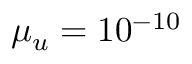
\mu _ { u } = 1 0 ^ { - 1 0 }